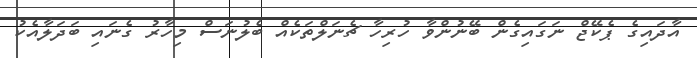
އާދައިގެ ޕެކޭޖް ނަގައިގެން ބޭނުންވާ ހުރިހާ ޗެނަލްތަކެއް ބެލުނަސް މިހާރު ގެނައި ބަދަލާއެކު